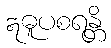
ဣဓူပစရန္တိ